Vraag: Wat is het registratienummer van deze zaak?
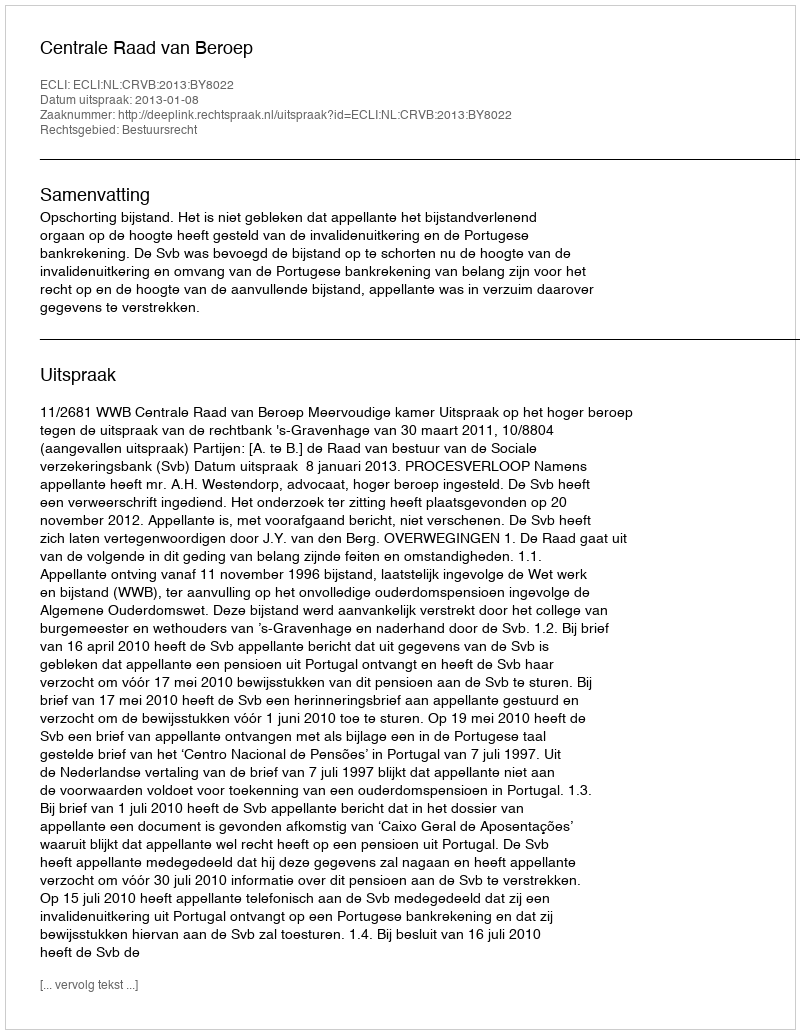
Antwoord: http://deeplink.rechtspraak.nl/uitspraak?id=ECLI:NL:CRVB:2013:BY8022